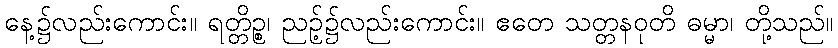
နေ့၌လည်းကောင်း။ ရတ္တိဉ္စ၊ ညဉ့်၌လည်းကောင်း။ ဧတေ သတ္တနဝုတိ ဓမ္မာ၊ တို့သည်။